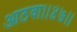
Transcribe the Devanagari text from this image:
आठवा।।४७।।